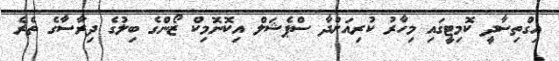
އިގްތިސާދީ ކޮމިޓީގައި މިހާރު ކުރިއަށްދާ ސްޕެޝަލް އިކޮނޮމިކް ޒޯންގެ ބިލުގެ ދިރާސާގެ ތެރެ